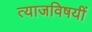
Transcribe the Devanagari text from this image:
त्याजविषयीं